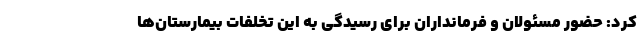
کرد: حضور مسئولان و فرمانداران برای رسیدگی به این تخلفات بیمارستان‌ها